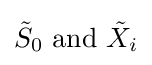
{\tilde {S}}_{0}{\text{ and }}{\tilde {X}}_{i}